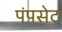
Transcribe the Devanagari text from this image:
पंपसेट